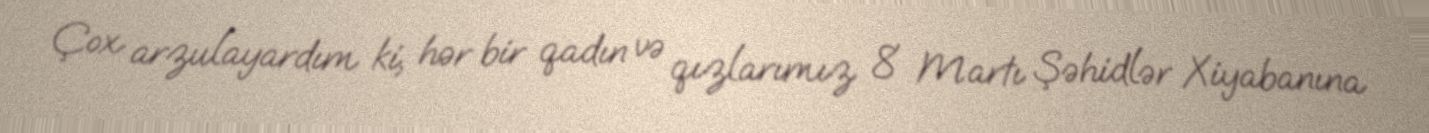
Çox arzulayardım ki, hər bir qadın və qızlarımız 8 Martı Şəhidlər Xiyabanına